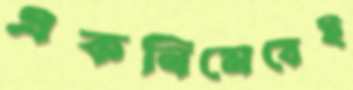
একনিমেষেই